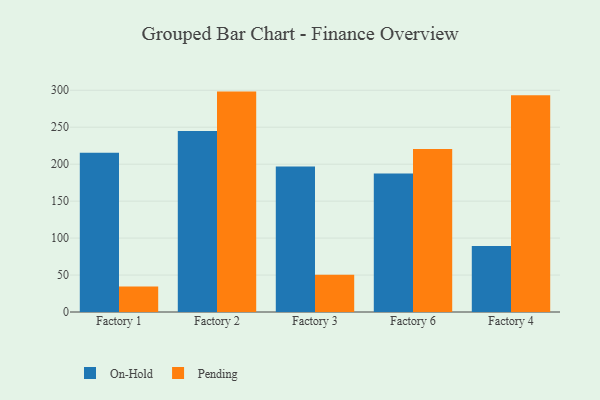
{"axis": {"x": "Factory", "y": "Tickets Resolved"}, "legend": ["On-Hold", "Pending"], "data": [{"x": "Factory 1", "y": 215.6, "type": "On-Hold"}, {"x": "Factory 1", "y": 34.6, "type": "Pending"}, {"x": "Factory 2", "y": 244.9, "type": "On-Hold"}, {"x": "Factory 2", "y": 298.2, "type": "Pending"}, {"x": "Factory 3", "y": 196.8, "type": "On-Hold"}, {"x": "Factory 3", "y": 50.5, "type": "Pending"}, {"x": "Factory 6", "y": 187.5, "type": "On-Hold"}, {"x": "Factory 6", "y": 220.4, "type": "Pending"}, {"x": "Factory 4", "y": 89.4, "type": "On-Hold"}, {"x": "Factory 4", "y": 293.1, "type": "Pending"}]}